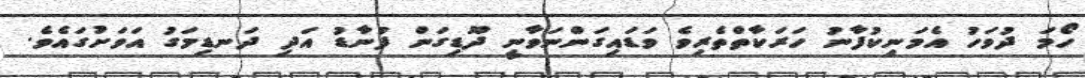
ހޯމަ ދުވަހު އެމަނިކުފާނު ހަރަކާތްތެރިވެ ވަޑައިގަންނަވާނީ ދޫޑިގަން ފުނާޑު އަދި ދަނޑިމަގު އަވަށުގައެވެ.